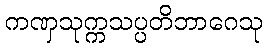
ကဏှသုက္ကသပ္ပတိဘာဂေသု